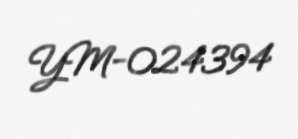
YM-024394